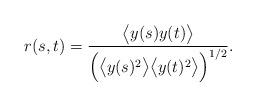
LaTeX: \begin{align*} r(s,t) = \frac{\bigl<y(s)y(t)\bigr>}{\Bigl(\bigl<y(s)^2\bigr>\bigl<y(t)^2\bigr>\Bigr)^{1/2}}.\end{align*}